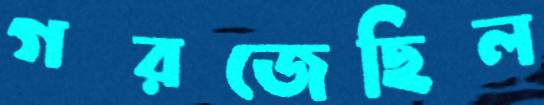
গরজেছিল